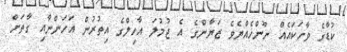
ކުޑާގެ ވާހަކައެއް ނޫންހެއްޔެވެ ޒަޔާންގެ އެ ޖުމުލަ އާހިލްގެ އިތުރުން އަހަންނާއި ގާތަށް